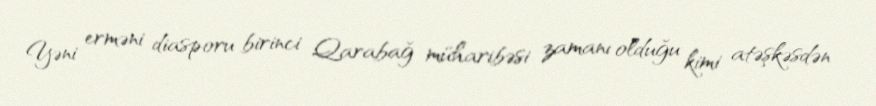
Yəni erməni diasporu birinci Qarabağ müharibəsi zamanı olduğu kimi atəşkəsdən